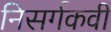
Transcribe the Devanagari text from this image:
निसर्गकवी